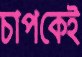
চাপকেই